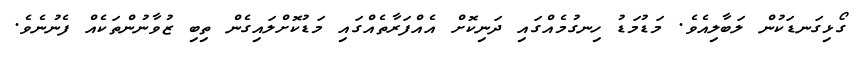
ގޯޅިގަނޑަކުން ލަބާލިއެވެ. މަޑުމަޑު ހިނގުމެއްގައި ދަނިކޮށް އެއްފަރާތެއްގައި މަޑުކޮށްލައިގެން ތިބި ޒުވާނުންތަކެއް ފެނުނެވެ.